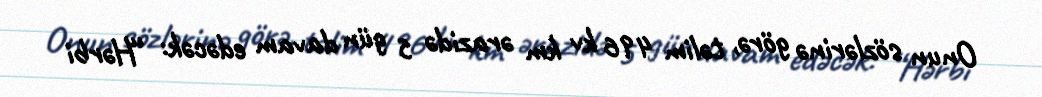
Onun sözlərinə görə, təlim 496 kv km ərazidə 5 gün davam edəcək: “Hərbi